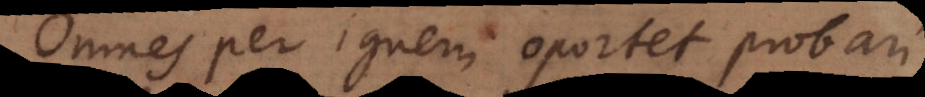
Omnes per ignem oportet probari